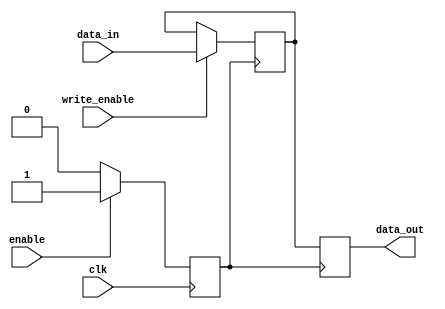
module conditional_clock_gating (
    input wire clk,            // Primary clock signal
    input wire enable,         // Enable signal for clock gating
    input wire [7:0] data_in,  // Data input for the memory block
    input wire write_enable,    // Write enable signal for memory operations
    output reg [7:0] data_out   // Data output from the memory block
);
    reg gated_clk;             // Gated clock signal
    reg [7:0] memory [0:255];  // Simple memory block (256 x 8 bits)

    // Gating logic to generate gated clock signal
    always @(posedge clk) begin
        if (enable) begin
            gated_clk <= 1'b1;   // Pass through the clock signal
        end else begin
            gated_clk <= 1'b0;   // Hold clock low when not enabled
        end
    end

    // Memory operations based on gated clock
    always @(posedge gated_clk) begin
        if (write_enable) begin
            memory[0] <= data_in; // Example write operation to address 0
        end
        data_out <= memory[0];    // Example read operation from address 0
    end

endmodule